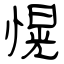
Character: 愰